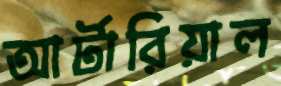
আর্টারিয়াল